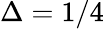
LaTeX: \Delta=1/4